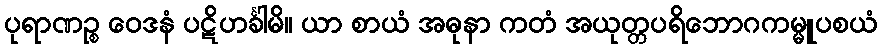
ပုရာဏဉ္စ ဝေဒနံ ပဋိဟင်္ခါမိ။ ယာ စာယံ အဓုနာ ကတံ အယုတ္တပရိဘောဂကမ္မူပစယံ